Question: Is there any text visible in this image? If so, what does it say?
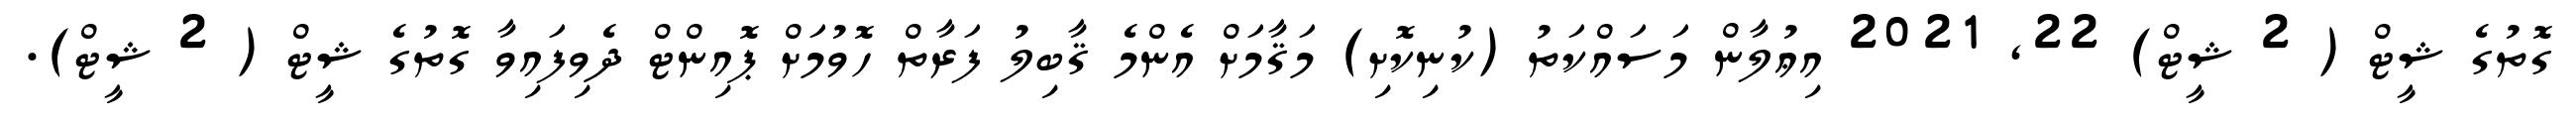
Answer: ގޮތުގެ ޝީޓް ( 2 ޝީޓް) 22, 2021 އިޢުލާން މަސައްކަތު (ކުނިކޮށި) މަޤާމަށް އެންމެ ޤާބިލު ފަރާތް ހޮވުމަށް ޕޮއިންޓް ދެވިފައިވާ ގޮތުގެ ޝީޓް ( 2 ޝީޓް).